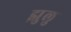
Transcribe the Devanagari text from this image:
झुलु